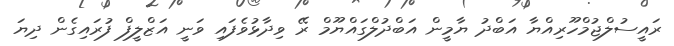
ރައީސުލްޖުމްހޫރިއްޔާ އަބްދު ޔާމީން އަބްދުލްގައްޔޫމް ރޭ ވިދާޅުވެފައި ވަނީ އަޒްލީފް ފުރައިގެން ދިޔަ